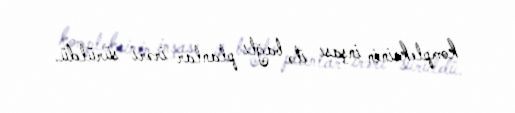
kompleksinin inşası ilə bağlı planlar irəri sürüldü.